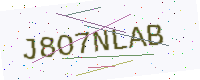
Text: J8O7NLAB